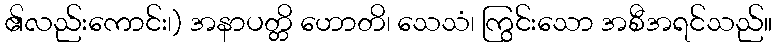
၏လည်းကောင်း၊) အနာပတ္တိ ဟောတိ၊ သေသံ၊ ကြွင်းသော အစီအရင်သည်။